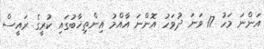
އަންނަ މަހު 17 ވަނަ ދުވަހު އޮންނަ އާއްމު އިންތިޚާބުގައި ކުރީގެ ރައީސް